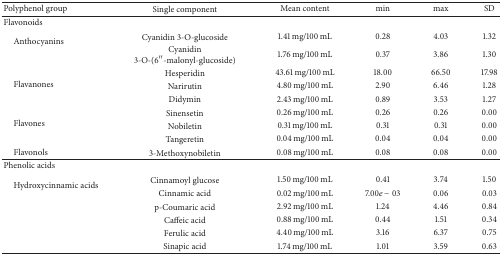
<table><thead><tr><td><b>Polyphenol group</b></td><td><b>Single component</b></td><td><b>Mean content</b></td><td><b>min</b></td><td><b>max</b></td><td><b>SD</b></td></tr></thead><tbody><tr><td>Flavonoids</td><td> </td><td> </td><td> </td><td> </td><td> </td></tr><tr><td rowspan="2"> Anthocyanins</td><td>Cyanidin 3-O-glucoside</td><td>1.41 mg/100 mL</td><td>0.28</td><td>4.03</td><td>1.32</td></tr><tr><td>Cyanidin 3-O-(6′′-malonyl-glucoside)</td><td>1.76 mg/100 mL</td><td>0.37</td><td>3.86</td><td>1.30</td></tr><tr><td rowspan="3"> Flavanones</td><td>Hesperidin</td><td>43.61 mg/100 mL</td><td>18.00</td><td>66.50</td><td>17.98</td></tr><tr><td>Narirutin</td><td>4.80 mg/100 mL</td><td>2.90</td><td>6.46</td><td>1.28</td></tr><tr><td>Didymin</td><td>2.43 mg/100 mL</td><td>0.89</td><td>3.53</td><td>1.27</td></tr><tr><td rowspan="3"> Flavones</td><td>Sinensetin</td><td>0.26 mg/100 mL</td><td>0.26</td><td>0.26</td><td>0.00</td></tr><tr><td>Nobiletin</td><td>0.31 mg/100 mL</td><td>0.31</td><td>0.31</td><td>0.00</td></tr><tr><td>Tangeretin</td><td>0.04 mg/100 mL</td><td>0.04</td><td>0.04</td><td>0.00</td></tr><tr><td> Flavonols</td><td>3-Methoxynobiletin</td><td>0.08 mg/100 mL</td><td>0.08</td><td>0.08</td><td>0.00</td></tr><tr><td>Phenolic acids</td><td> </td><td> </td><td> </td><td> </td><td> </td></tr><tr><td rowspan="2"> Hydroxycinnamic acids</td><td>Cinnamoyl glucose</td><td>1.50 mg/100 mL</td><td>0.41</td><td>3.74</td><td>1.50</td></tr><tr><td>Cinnamic acid</td><td>0.02 mg/100 mL</td><td>7.00<i>e</i> − 03</td><td>0.06</td><td>0.03</td></tr><tr><td> </td><td>p-Coumaric acid</td><td>2.92 mg/100 mL</td><td>1.24</td><td>4.46</td><td>0.84</td></tr><tr><td> </td><td>Caffeic acid</td><td>0.88 mg/100 mL</td><td>0.44</td><td>1.51</td><td>0.34</td></tr><tr><td> </td><td>Ferulic acid</td><td>4.40 mg/100 mL</td><td>3.16</td><td>6.37</td><td>0.75</td></tr><tr><td> </td><td>Sinapic acid</td><td>1.74 mg/100 mL</td><td>1.01</td><td>3.59</td><td>0.63</td></tr></tbody></table>